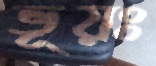
ভূয়ঃ